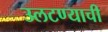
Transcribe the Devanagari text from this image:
उलटण्याची